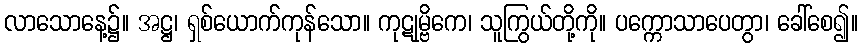
လာသောနေ့၌။ အဋ္ဌ၊ ရှစ်ယောက်ကုန်သော။ ကုဋုမ္ဗိကေ၊ သူကြွယ်တို့ကို။ ပက္ကောသာပေတွာ၊ ခေါ်စေ၍။